Lunatic asylums United Provinces 1909-1921 - 1909-1921
Year: 1909
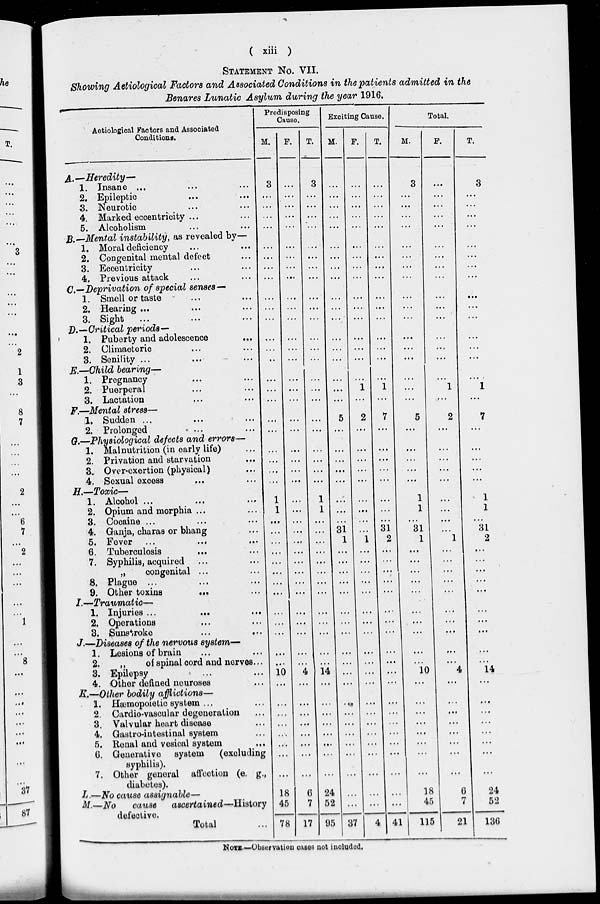
( xiii )
STATEMENT No. VII.
Showing Aetiological Factors and Associated Conditions in the patients admitted in the
Benares Lunatic Asylum during the year 1916.
Aetiological Factors and Associated
Conditions.
A.—Heredity-
1.
2.
3.
4.
5.
Insane ...
...
...
Epileptic … …
Neurotic … …
Marked eccentricity ... …
Alcoholism … …
B.—Mental instability, as revealed by—
1.
2.
3.
4.
Moral deficiency … …
Congenital mental defect …
Eccentricity … …
Previous attack … …
C.—Deprivation of special senses—
1.
2.
3.
Smell or taste … …
Hearing ... … …
Sight … … …
D.—Critical periods—
1.
2.
3.
Puberty and adolescence …
Climacteric … …
Senility ... ... ...
E.—Child bearing—
1.
2.
3.
Pregnancy … …
Puerperal … …
Lactation … …
F.—Mental stress—
1.
2.
Sudden ... … …
Prolonged … …
G.—Physiological defects and errors—
1.
2.
3.
4.
Malnutrition (in early life) …
Privation and starvation …
Over-exertion (physical) …
Sexual excess … …
H.—Toxic—
1.
2.
3.
4.
5.
6.
7.
8.
9.
Alcohol ... … …
Opium and morphia ... …
Cocaine
…
…
…
Ganja, charas or bhang …
Fever
…
…
…
Tuberculosis … …
Syphilis, acquired … …
„
congenital ... …
Plague ... … …
Other toxins … …
I.—Traumatic—
1.
2.
3.
Injuries ... … …
Operations … …
Sunstroke
…
…
J.—Diseases of the nervous system—
1.
2.
3.
4.
Lesions of brain … …
„
of spinal cord and nerves ...
Epilepsy … …
Other defined neuroses …
K.—Other bodily afflictions—
1.
2.
3.
4.
5.
6.
7.
Hæmopoietic system ... …
Cardio-vascular degeneration …
Valvular heart disease …
Gastro-intestinal system …
Renal and vesical system …
Generative system
(excluding
syphilis).
Other general affection (e. g.,
diabetes).
L.-No cause assignable—
M.—No
cause
ascertained—History
defective.
Total ...
Predisposing
Cause.
M.
3
...
...
...
...
...
...
...
…
…
...
…
...
…
…
...
…
…
…
...
…
…
…
...
1
1
…
...
…
...
…
...
...
…
…
…
...
…
...
…
10
...
…
…
…
…
…
...
…
18
45
78
F.
…
…
...
...
...
…
…
…
…
...
…
…
...
…
...
...
...
...
…
…
...
...
…
…
...
...
...
…
...
…
...
...
…
…
…
…
...
...
...
4
…
...
...
...
...
...
...
...
6
7
17
T.
3
…
...
...
…
...
...
...
...
...
...
...
…
…
…
...
...
...
…
...
…
…
…
...
1
1
…
…
…
…
…
…
…
…
…
…
…
…
…
…
14
...
…
...
…
...
…
...
...
24
52
95
Exciting Cause.
M.
...
…
...
...
...
...
...
…
...
…
…
…
…
…
…
…
…
…
5
…
…
…
…
…
…
…
…
31
1
...
…
…
...
…
…
…
...
...
…
...
...
...
…
…
…
…
…
...
...
…
…
37
F.
...
…
...
...
…
...
…
…
…
...
…
...
...
…
...
...
1
…
2
...
...
…
...
...
…
…
...
…
1
…
…
…
…
…
…
…
…
...
...
...
…
...
...
...
…
…
…
...
...
...
...
4
T.
...
...
…
…
…
...
...
...
...
...
…
...
...
…
…
…
1
…
7
...
…
…
...
...
...
...
...
31
2
...
...
...
...
...
…
…
...
...
…
...
...
...
...
…
…
…
…
…
...
…
…
41
Total.
M.
3
...
…
…
…
...
...
...
…
…
...
...
...
…
…
...
…
…
5
…
…
…
…
…
1
1
…
31
1
…
...
…
...
…
…
…
...
…
...
…
10
...
…
…
...
...
…
...
...
18
45
115
F.
…
…
…
...
…
...
...
...
…
…
…
...
…
…
…
...
1
…
2
...
…
…
...
...
...
…
...
…
1
…
...
...
…
…
…
…
...
...
…
...
4
…
…
…
…
…
…
…
...
6
7
21
T.
3
…
…
…
…
…
…
...
…
…
…
...
…
…
…
…
1
…
7
...
…
…
…
…
1
1
…
31
2
…
…
…
…
…
…
…
…
…
…
…
14
…
…
…
…
…
…
…
…
24
52
136
NOTE.—Observation cases not included.